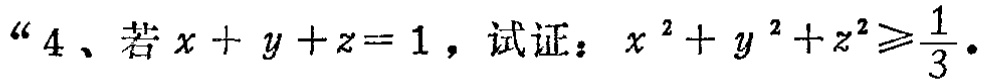
“4、若\(x + y + z = 1\)，试证：\(x^{2}+y^{2}+z^{2}\geqslant\frac{1}{3}\)。”